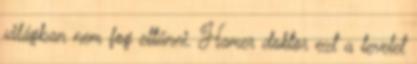
világban nem fog eltűnni. Hamer doktor ezt a levelet